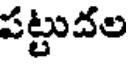
పట్టుదల